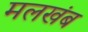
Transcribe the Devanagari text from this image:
मलखंब